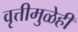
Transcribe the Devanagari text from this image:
वृत्तीमुळेही